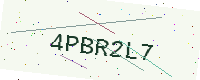
Text: 4PBR2L7